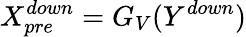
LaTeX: X_{pre}^{down}=G_{V}(Y^{down})